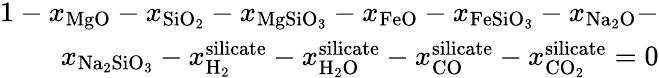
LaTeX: \begin{array}{r}{1-{x_{\mathrm{{MgO}}}}-{x_{\mathrm{{Si}}{\mathrm{{O}}_{\mathrm{{2}}}}}}-{x_{\mathrm{{MgSi}}{\mathrm{{O}}_{\mathrm{{3}}}}}}-{x_{\mathrm{{FeO}}}}-{x_{\mathrm{{FeSi}}{\mathrm{{O}}_{\mathrm{{3}}}}}}-{x_{\mathrm{{N}}{\mathrm{{a}}_{\mathrm{{2}}}}\mathrm{{O}}}}-}\\ {{x_{\mathrm{{N}}{\mathrm{{a}}_{\mathrm{{2}}}}\mathrm{{Si}}{\mathrm{{O}}_{\mathrm{{3}}}}}}-x_{{\mathrm{{H}}_{\mathrm{{2}}}}}^{\mathrm{{silicate}}}-x_{{\mathrm{{H}}_{\mathrm{{2}}}}\mathrm{{O}}}^{\mathrm{{silicate}}}-x_{\mathrm{{CO}}}^{\mathrm{{silicate}}}-x_{\mathrm{{C}}{\mathrm{{O}}_{\mathrm{{2}}}}}^{\mathrm{{silicate}}}=0}\end{array}